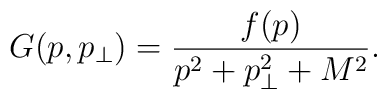
G(p,p_\perp)=\frac{f(p)}{p^2+p_\perp^2+M^2}.